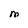
Character: M